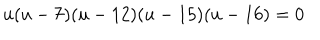
LaTeX: u ( u - 7 ) ( u - 1 2 ) ( u - 1 5 ) ( u - 1 6 ) = 0